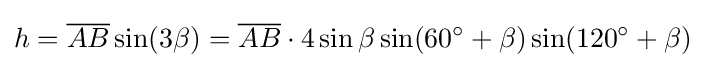
h={\overline {AB}}\sin(3\beta )={\overline {AB}}\cdot 4\sin \beta \sin(60^{\circ }+\beta )\sin(120^{\circ }+\beta )